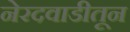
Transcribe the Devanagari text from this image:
नेरदवाडीतून